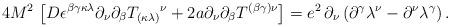
LaTeX: \begin{align*}{4M^{2}}\,\left[ D\epsilon ^{\beta \gamma \kappa \lambda }\partial_{\nu }{\partial _{\beta }}T_{(\kappa \lambda )}{}^{\nu}+2a\partial _{\nu }{\partial _{\beta }}T^{(\beta \gamma )\nu }\right] =e^2\,\partial _{\nu }\left( {\partial }^{\gamma }\lambda ^{\nu }-{\partial }^{\nu }\lambda ^{\gamma}\right). \end{align*}